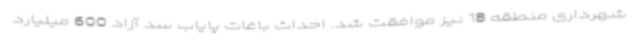
شهرداری منطقه 18 نیز موافقت شد. احداث باغات پایاب سد آزاد 600 میلیارد